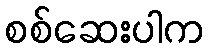
စစ်ဆေးပါက